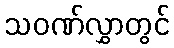
သဝဏ်လွှာတွင်